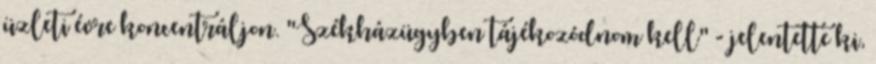
üzleti évre koncentráljon. "Székházügyben tájékozódnom kell" - jelentette ki,